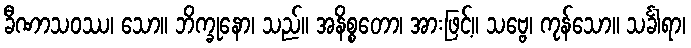
ခီဏာသဝဿ၊ သော။ ဘိက္ခုနော၊ သည်။ အနိစ္စတော၊ အားဖြင့်။ သဗ္ဗေ၊ ကုန်သော။ သင်္ခါရာ၊